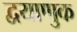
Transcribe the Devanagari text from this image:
द्वयाणुक